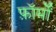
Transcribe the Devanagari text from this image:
फ़ॉर्मों